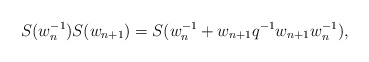
\begin{align*}S(w^{-1}_n) S(w_{n+1}) = S(w^{-1}_n + w_{n+1} q^{-1} w_{n+1} w^{-1}_n),\end{align*}